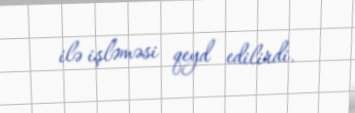
ilə işləməsi qeyd edilirdi.